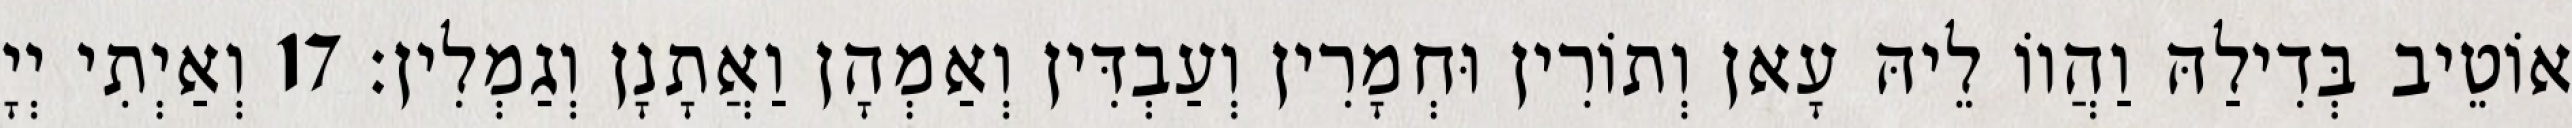
אוֹטֵיב בְּדִילַהּ וַהֲווֹ לֵיהּ עָאן וְתוֹרִין וּחְמָרִין וְעַבְדִּין וְאַמְהָן וַאֲתָנָן וְגַמְלִין׃ 17 וְאַיְתִי יְיָ